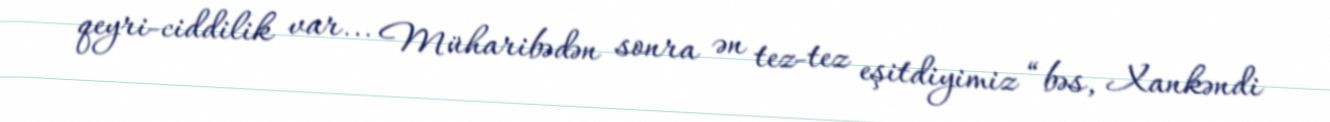
qeyri-ciddilik var... Müharibədən sonra ən tez-tez eşitdiyimiz “bəs, Xankəndi